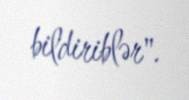
bildiriblər".